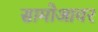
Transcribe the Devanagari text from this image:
सामोआवर